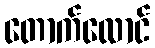
တောက်လောင်